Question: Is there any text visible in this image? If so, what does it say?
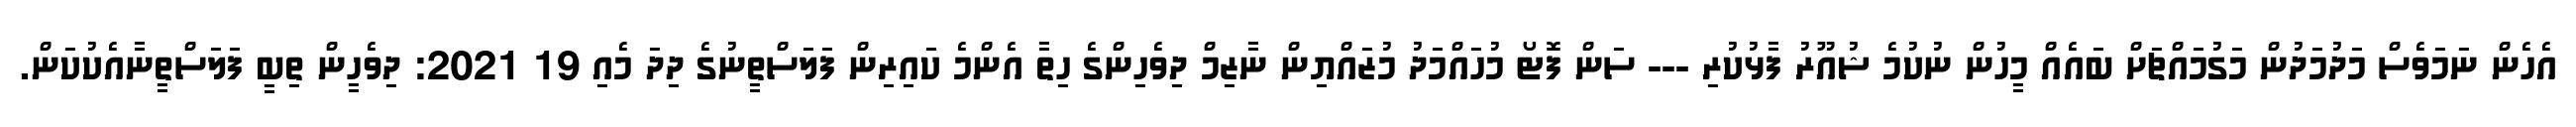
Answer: އެހެން ނަމަވެސް މަދުމަދުން މަގުމައްޗަށް ބައެއް މީހުން ނުކުމެ ޝުއޫރު ފާޅުކުރި --- ސަން ފޮޓޯ މުހައްމަދު މުޒައްޔިން ނާޒިމް ދިވެހިންގެ ހިތާ އެންމެ ކައިރިން ފަލަސްތީނުގެ ދިދަ މެއި 19 2021: ދިވެހީން ތިބީ ފަލަސްތީނާއެކުކަން.